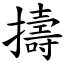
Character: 擣